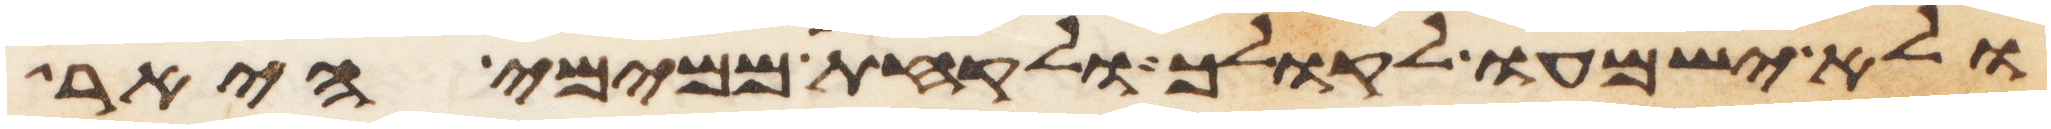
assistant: ולא ישמעו לקולך ולקחת ממימי היאר